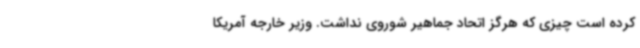
کرده است چیزی که هرگز اتحاد جماهیر شوروی نداشت. وزیر خارجه آمریکا